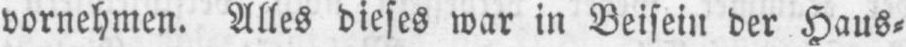
vornehmen. Alles dieses war in Beisein der Haus⸗